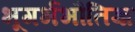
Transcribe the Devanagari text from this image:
भूगर्भभौतिज्ञ